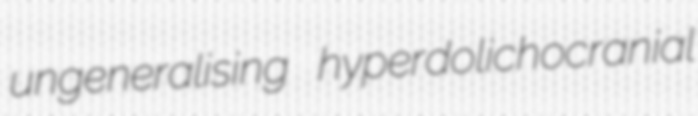
ungeneralising hyperdolichocranial